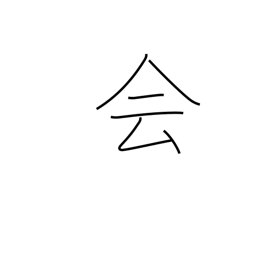
Meaning: join